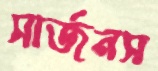
সার্জনস